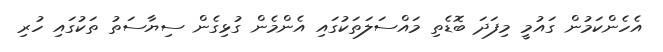
އެހެންކަމުން ގައުމީ މިފަދަ ބޮޑެތި މައްސަލަތަކުގައި އެންމެން ގުޅިގެން ސިޔާސަތު ތަކުގައި ހުރި